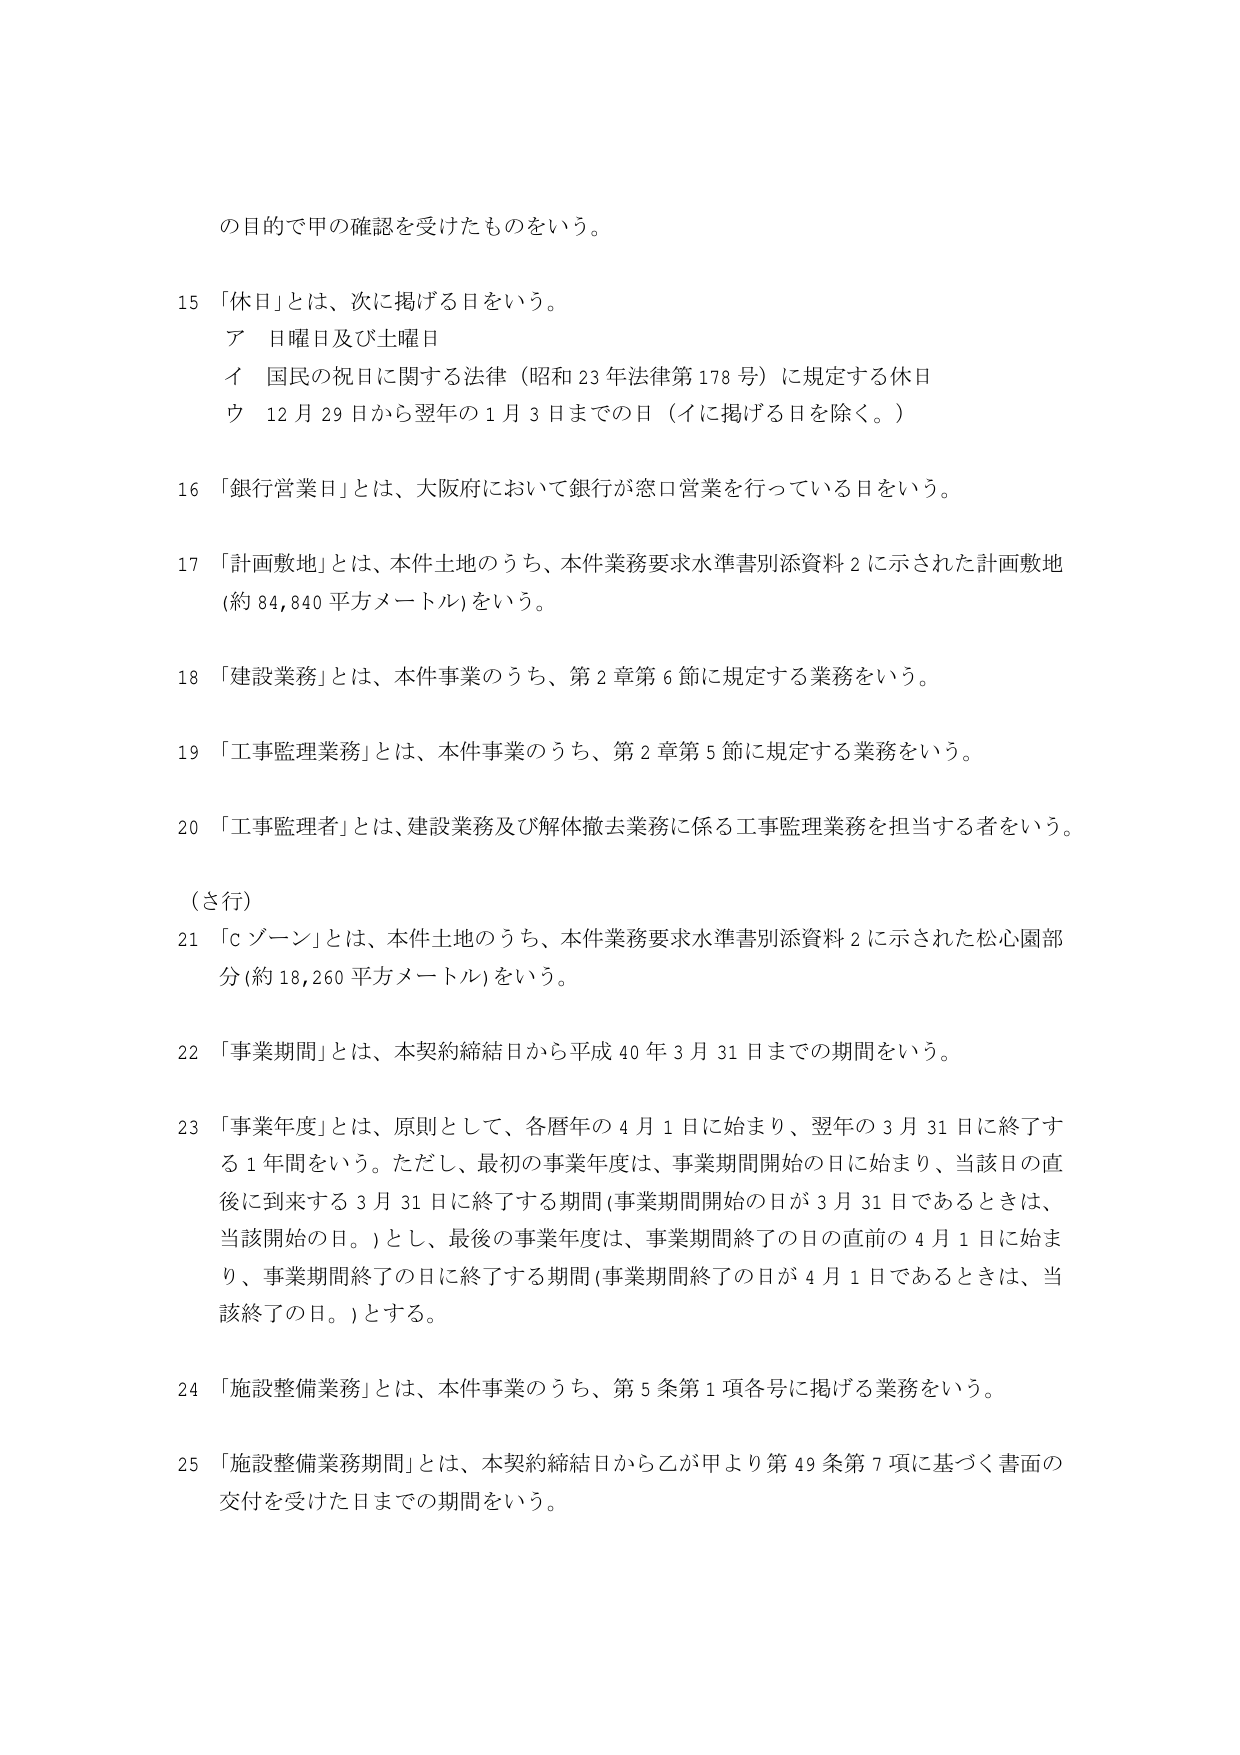
の目的で甲の確認を受けたものをいう。

15 「休日」とは、次に掲げる日をいう。
　ア 日曜日及び土曜日
　イ 国民の祝日に関する法律（昭和23年法律第178号）に規定する休日
　ウ 12月29日から翌年の1月3日までの日（イに掲げる日を除く。）

16 「銀行営業日」とは、大阪府において銀行が窓口営業を行っている日をいう。

17 「計画敷地」とは、本件土地のうち、本件業務要求水準書別添資料2に示された計画敷地
（約84,840平方メートル）をいう。

18 「建設業務」とは、本件事業のうち、第2章第6節に規定する業務をいう。

19 「工事監理業務」とは、本件事業のうち、第2章第5節に規定する業務をいう。

20 「工事監理者」とは、建設業務及び解体撤去業務に係る工事監理業務を担当する者をいう。

（さ行）

21 「cゾーン」とは、本件土地のうち、本件業務要求水準書別添資料2に示された松心園部分（約18,260平方メートル）をいう。

22 「事業期間」とは、本契約締結日から平成40年3月31日までの期間をいう。

23 「事業年度」とは、原則として、各暦年の4月1日に始まり、翌年の3月31日に終了する1年間をいう。ただし、最初の事業年度は、事業期間開始の日に始まり、当該日の直後に到来する3月31日に終了する期間（事業期間開始の日が3月31日であるときは、当該開始の日。）とし、最後の事業年度は、事業期間終了の日の直前の4月1日に始まり、事業期間終了の日に終了する期間（事業期間終了の日が4月1日であるときは、当該終了の日。）とする。

24 「施設整備業務」とは、本件事業のうち、第5条第1項各号に掲げる業務をいう。

25 「施設整備業務期間」とは、本契約締結日から乙が甲より第49条第7項に基づく書面の交付を受けた日までの期間をいう。